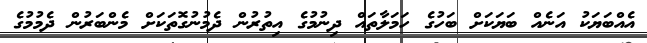
އެއްބަޔަކު އަނެއް ބަޔަކަށް ބަހުގެ ހަމަލާތައް ދިނުމުގެ އިތުރުން ދެމުނުގޮތަކަށް މެންބަރުން ދެމުމުގެ